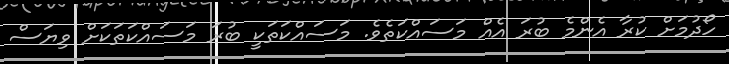
ހޯދުމަށް ކުރާ އެންމެ ބުރަ އެއް މަސައްކަތެވެ. މަސައްކަތަކީ ބުރަ މަސައްކަތަކަށް ވިޔަސް